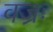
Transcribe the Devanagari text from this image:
वज्रः